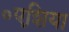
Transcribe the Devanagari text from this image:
॰एशिया